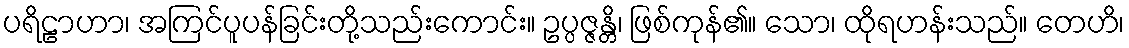
ပရိဠာဟာ၊ အကြင်ပူပန်ခြင်းတို့သည်းကောင်း။ ဥပ္ပဇ္ဇန္တိ၊ ဖြစ်ကုန်၏။ သော၊ ထိုရဟန်းသည်။ တေဟိ၊